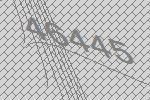
46445